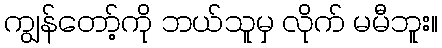
ကျွန်တော့်ကို ဘယ်သူမှ လိုက် မမီဘူး။